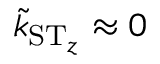
\tilde { k } _ { \ensuremath { \mathrm { S } } \ensuremath { \mathrm { T } } _ { z } } \approx 0